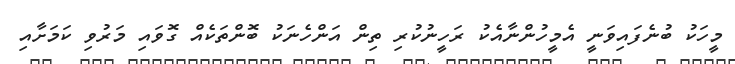
މީހަކު ބުނެފައިވަނީ އެމީހުންނާއެކު ރަހީނުކުރި ތިން އަންހެނަކު ބޮންތަކެއް ގޮވައި މަރުވި ކަމަށާއި